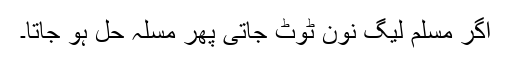
اگر مسلم لیگ نون ٹوٹ جاتی پھر مسلہ حل ہو جاتا۔